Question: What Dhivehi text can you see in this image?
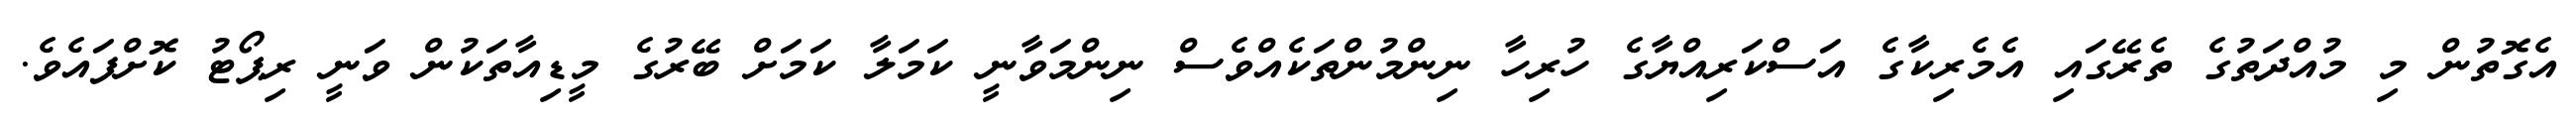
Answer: އެގޮތުން މި މުއްދަތުގެ ތެރޭގައި އެމެރިކާގެ އަސްކަރިއްޔާގެ ހުރިހާ ނިންމުންތަކެއްވެސް ނިންމަވާނީ ކަމަލާ ކަމަށް ބޭރުގެ މީޑިއާތަކުން ވަނީ ރިޕޯޓު ކޮށްފައެވެ.